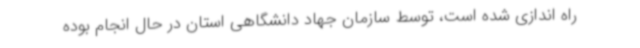
راه اندازی شده است، توسط سازمان جهاد دانشگاهی استان در حال انجام بوده